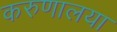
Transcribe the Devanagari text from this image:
करुणालया